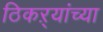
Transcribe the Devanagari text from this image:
ठिकऱ्यांच्या